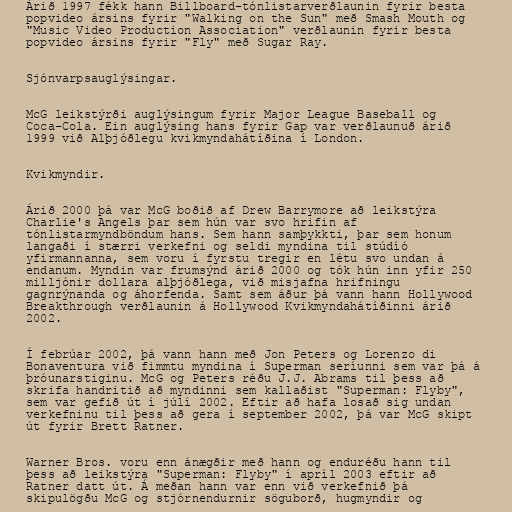
Árið 1997 fékk hann Billboard-tónlistarverðlaunin fyrir besta
popvideo ársins fyrir "Walking on the Sun" með Smash Mouth og
"Music Video Production Association" verðlaunin fyrir besta
popvideo ársins fyrir "Fly" með Sugar Ray.

Sjónvarpsauglýsingar.

McG leikstýrði auglýsingum fyrir Major League Baseball og
Coca-Cola. Ein auglýsing hans fyrir Gap var verðlaunuð árið
1999 við Alþjóðlegu kvikmyndahátíðina í London.

Kvikmyndir.

Árið 2000 þá var McG boðið af Drew Barrymore að leikstýra
Charlie's Angels þar sem hún var svo hrifin af
tónlistarmyndböndum hans. Sem hann samþykkti, þar sem honum
langaði í stærri verkefni og seldi myndina til stúdíó
yfirmannanna, sem voru í fyrstu tregir en létu svo undan á
endanum. Myndin var frumsýnd árið 2000 og tók hún inn yfir 250
milljónir dollara alþjóðlega, við misjafna hrifningu
gagnrýnanda og áhorfenda. Samt sem áður þá vann hann Hollywood
Breakthrough verðlaunin á Hollywood Kvikmyndahátíðinni árið
2002.

Í febrúar 2002, þá vann hann með Jon Peters og Lorenzo di
Bonaventura við fimmtu myndina í Superman seríunni sem var þá á
þróunarstiginu. McG og Peters réðu J.J. Abrams til þess að
skrifa handritið að myndinni sem kallaðist "Superman: Flyby",
sem var gefið út í júlí 2002. Eftir að hafa losað sig undan
verkefninu til þess að gera í september 2002, þá var McG skipt
út fyrir Brett Ratner.

Warner Bros. voru enn ánægðir með hann og enduréðu hann til
þess að leikstýra "Superman: Flyby" í apríl 2003 eftir að
Ratner datt út. Á meðan hann var enn við verkefnið þá
skipulögðu McG og stjórnendurnir söguborð, hugmyndir og